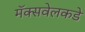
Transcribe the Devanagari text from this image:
मॅक्सवेलकडे